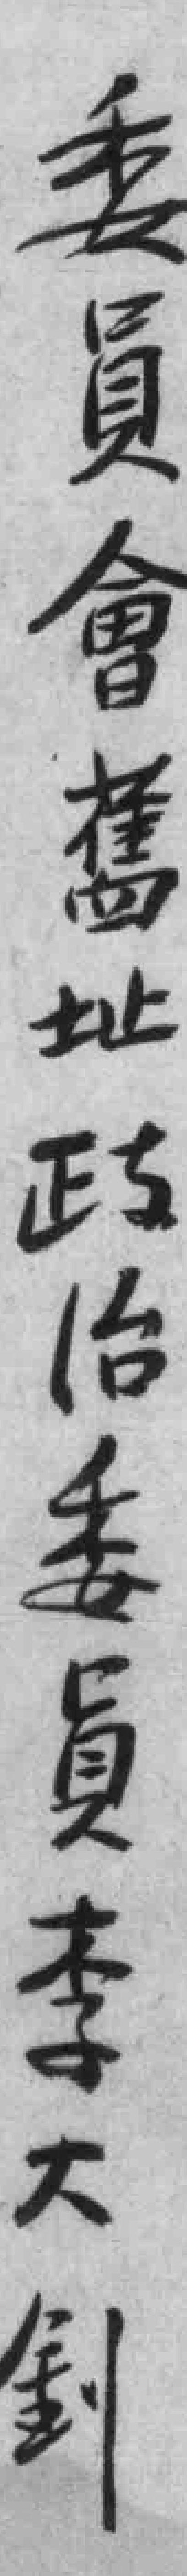
委員會舊址政治委員李大釗